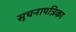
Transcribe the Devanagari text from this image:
सूचनापत्रिका